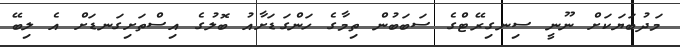
މަދުބަޔަކަށް ނޫނީ ސިނގިރޭޓްގެ ސަބަބުން ތިމާގެ ހަންގަޑަށާއު ބޮލުގެ އިސްތަށިގަނޑަށް އެ ލިބޭ